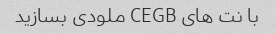
با نت های CEGB ملودی بسازید